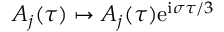
A _ { j } ( \tau ) \mapsto A _ { j } ( \tau ) \mathrm { e } ^ { \mathrm { i } \sigma \tau / 3 }